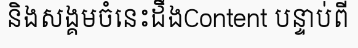
និងសង្គមចំនេះដឹងContent បន្ទាប់ពី